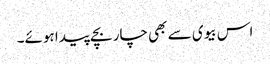
اس بیوی سے بھی چار بچے پیدا ہوئے۔